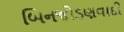
બિનજોડણવાદી